Punjab Mental Hospital Lahore 1922-31 - 1922-1931
Year: 1922
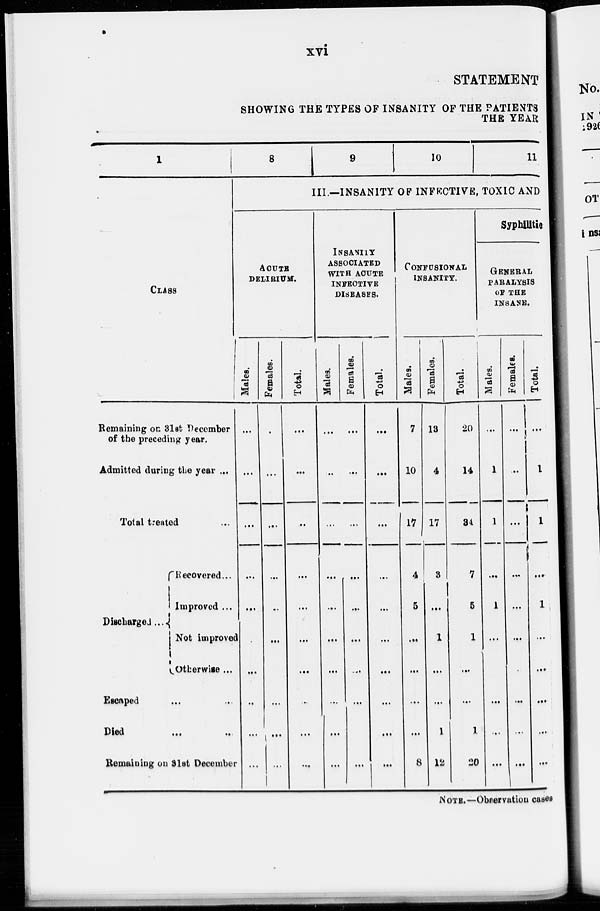
xvi
STATEMENT
SHOWING THE TYPES OF INSANITY OF THE PATIENTS
THE YEAR
1
CLASS
Remaining on 31st December
of the preceding year.
Admitted daring the year ...
Total treated ...
Discharged...
Recovered ...
Improved ...
Not improved
Otherwise ...
Escaped ... ...
Died ... ...
Remaining on 31st December
8
9
10
11
III.—INSANITY OF INFECTIVE, TOXIC AND
ACUTE
DELIRIUM.
Males.
...
...
...
...
...
...
...
...
...
...
Females.
...
...
...
...
...
...
...
...
...
...
Total.
...
...
...
...
...
...
...
...
...
...
INSANITY
ASSOCIATED
WITH ACUTE
INFECTIVE
DISEASES.
Males.
...
...
...
...
...
...
...
...
...
...
Females.
...
...
...
...
...
...
...
...
...
...
Total.
...
...
...
...
...
...
...
...
...
...
CONFUSIONAL
INSANITY.
Males.
7
10
17
4
5
...
...
...
...
8
Females.
13
4
17
3
...
1
...
...
1
12
Total.
20
14
34
7
5
1
...
...
1
20
Syphilitic
GENERAL
PARALYSIS
OF THE
INSANE.
Males.
...
1
1
...
1
...
...
...
...
Females.
...
...
...
...
...
...
...
...
...
...
Total.
...
1
1
...
1
...
...
...
...
...
NOTE. Observation cases